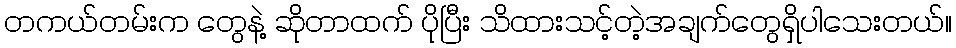
တကယ်တမ်းက တွေနဲ့ ဆိုတာထက် ပိုပြီး သိထားသင့်တဲ့အချက်တွေရှိပါသေးတယ်။